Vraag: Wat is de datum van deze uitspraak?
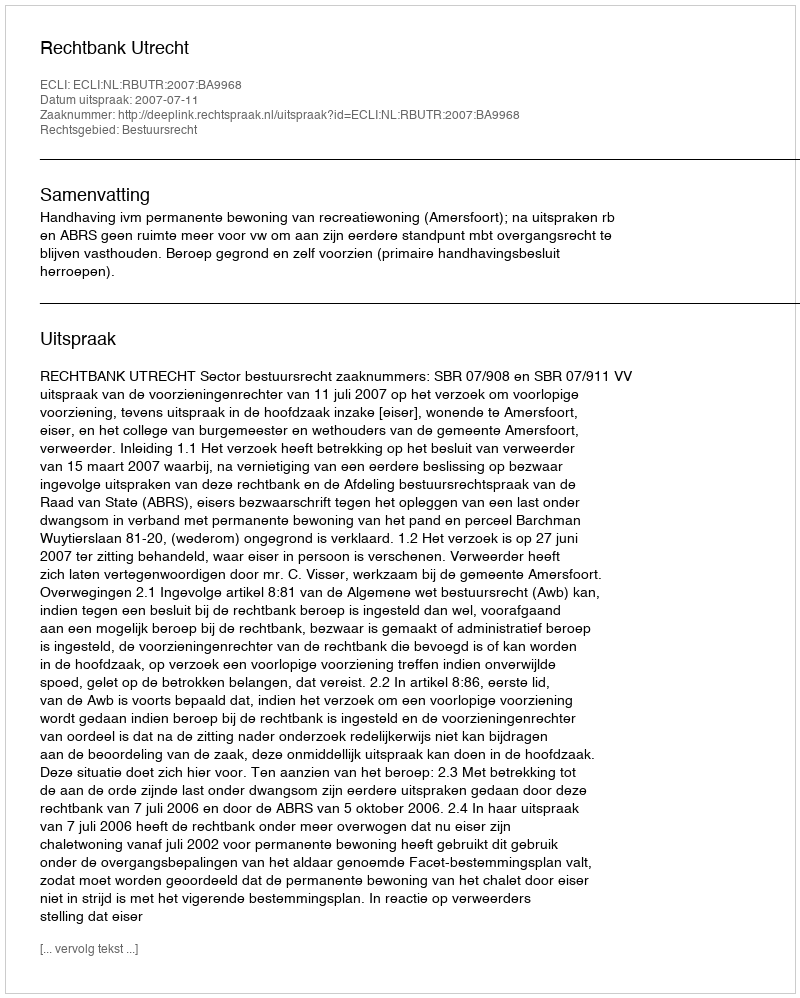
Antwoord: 2007-07-11